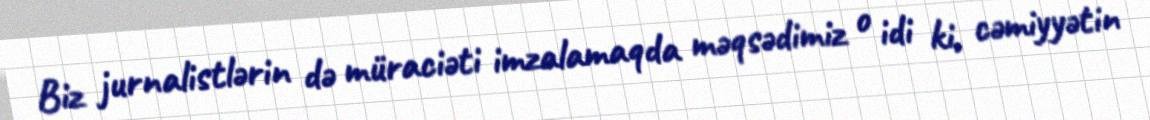
Biz jurnalistlərin də müraciəti imzalamaqda məqsədimiz o idi ki, cəmiyyətin